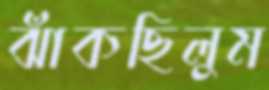
ঝাঁকছিলুম